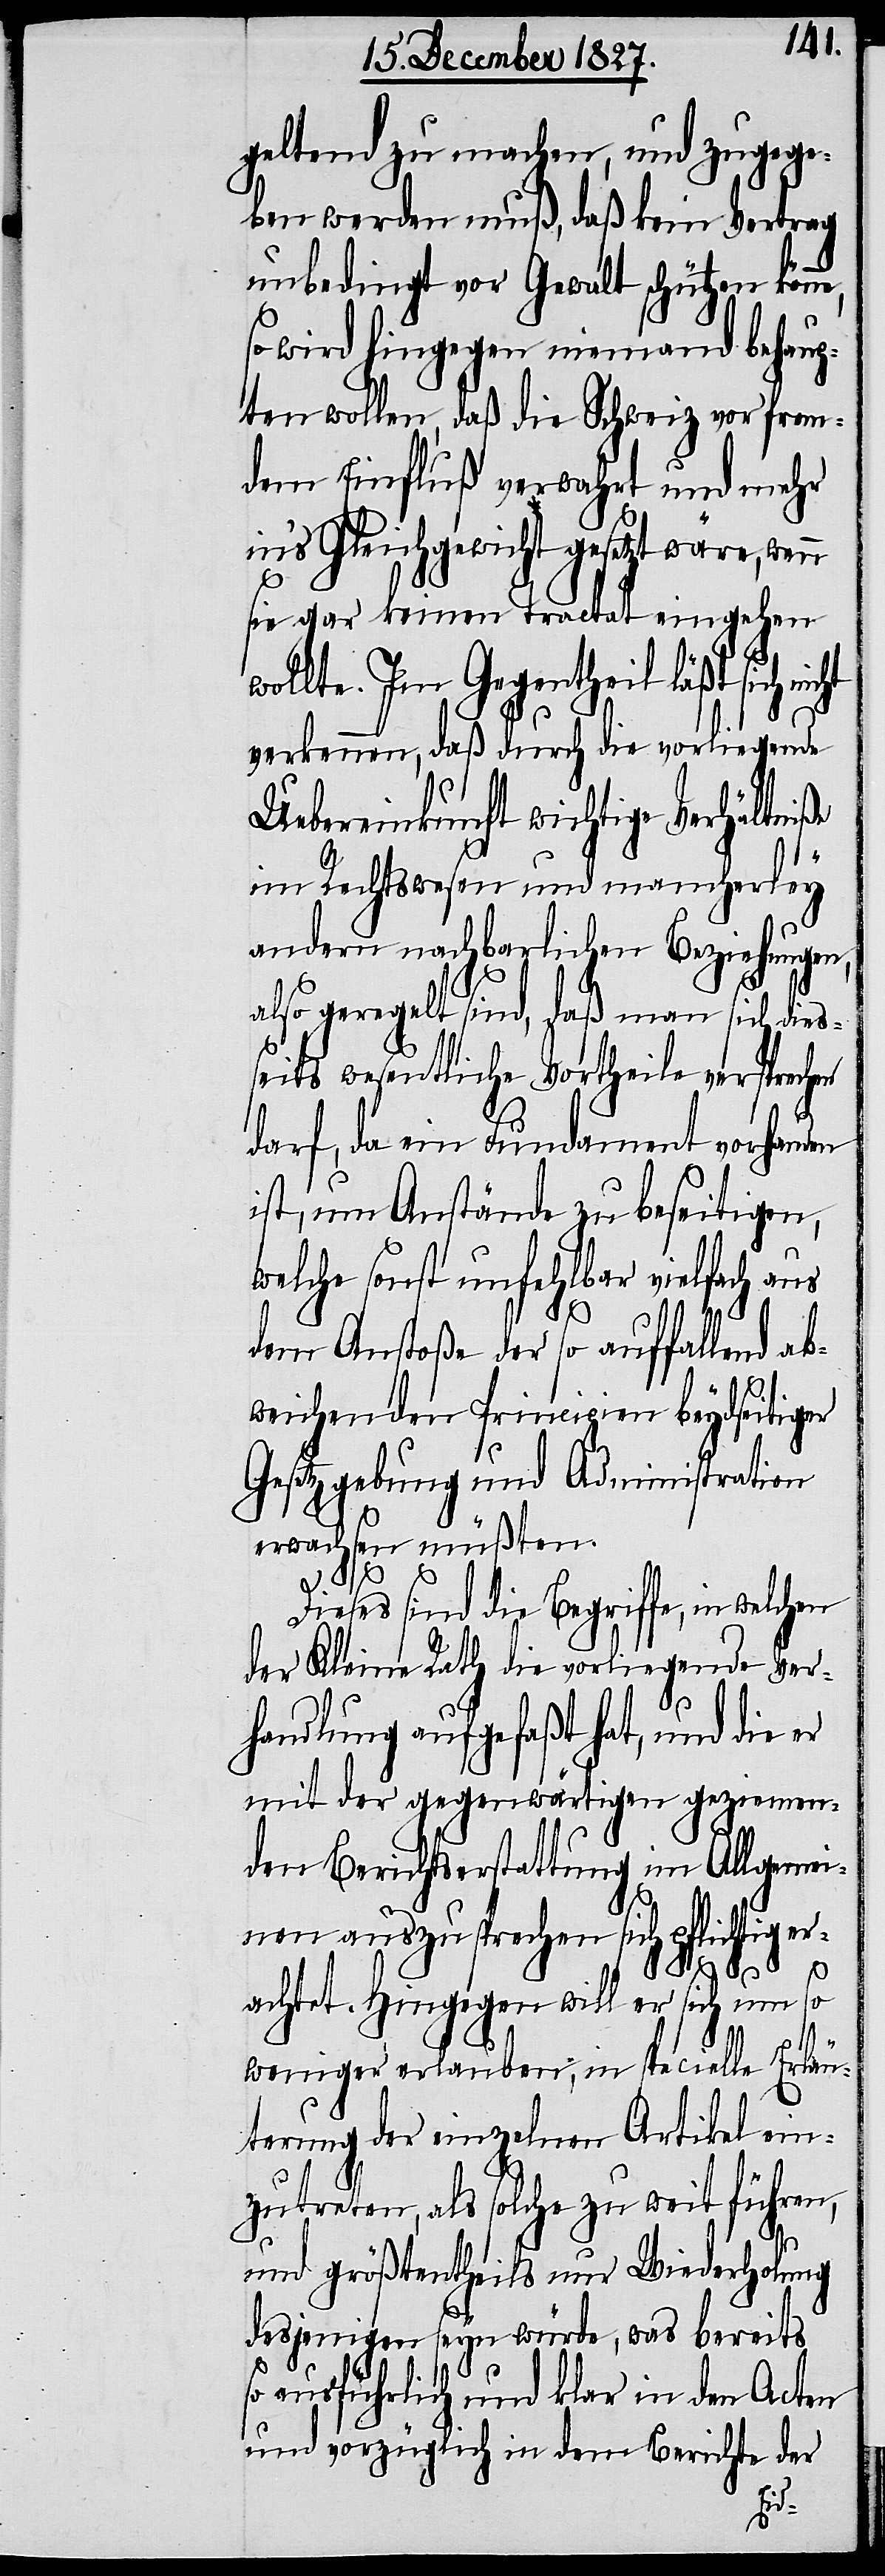
geltend zu machen, und zugege¬
ben werden muß, daß kein Vertrag
unbedingt vor Gewalt schützen könn¬
so wird hingegen niemand behaup¬
ten wollen, daß die Schweiz vor frem¬
dem Einfluß verwahrt und mehr
in’s Gleichgewicht gesetzt wäre, wenn
sie gar keinen Tractat eingehen
ollte. Im Gegentheil läßt sich
verkennen, daß durch die vorliegende
Uebereinkunft wichtige Verhältniße
im Rechtswesen und mancherley
andern nachbarlichen Beziehungen,
also geregelt sind, daß man sich dies¬
seits wesentliche Vortheile versprechen
darf, da ein Fundament vorhanden
ist, um Anstände zu beseitigen,
welche sonst unfehlbar vielfach aus
dem Anstoße der so auffallend ab¬
weichenden Principien beydseitiger
Gesetzgebung und Administration
erwachsen müßten.
e,
Dieses sind die Begriffe, in
der Kleine Rath die vorliegende Ver¬
handlung aufgefaßt hat, und die er
mit der gegenwärtigen geziemen¬
den Berichtserstattung im Allgemei¬
nen auszusprechen sich pflichtig er¬
achtet, Hingegen will er sich um so
weniger erlauben, in specielle Erläu¬
terung der einzelnen Artikel ein¬
zutreten, als solche zu weit führen,
und größtentheils nur Wiederholung
desjenigen seyn würde, was bereits
so ausführlich und klar in den Acten
und vorzüglich in dem Berichte der
w¬